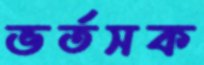
ভর্তসক